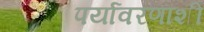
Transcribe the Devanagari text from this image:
पर्यावरणांशी